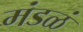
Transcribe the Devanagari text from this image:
मंडळं